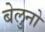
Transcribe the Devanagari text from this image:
बेलुनो